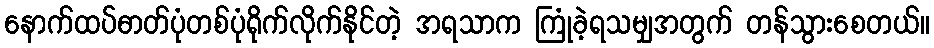
နောက်ထပ်ဓာတ်ပုံတစ်ပုံရိုက်လိုက်နိုင်တဲ့ အရသာက ကြုံခဲ့ရသမျှအတွက် တန်သွားစေတယ်။